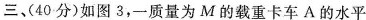
三、(40分)如图3，质量为M的载重卡车A的水平